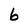
Character: 6